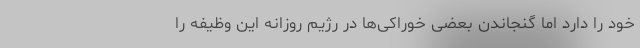
خود را دارد اما گنجاندن بعضی خوراکی‌ها در رژیم روزانه این وظیفه را